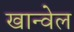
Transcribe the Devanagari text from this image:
खान्वेल